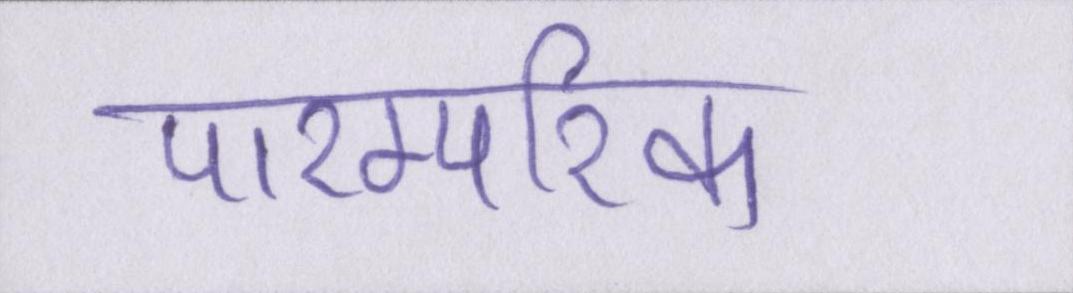
पारम्परिक